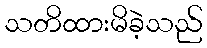
သတိထားမိခဲ့သည်